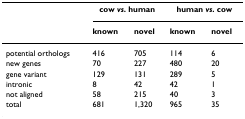
<table><thead><tr><td></td><td colspan="2"><b>cow <i>vs</i>. human</b></td><td colspan="2"><b>human <i>vs</i>. cow</b></td></tr><tr><td></td><td><b>known</b></td><td><b>novel</b></td><td><b>known</b></td><td><b>novel</b></td></tr></thead><tbody><tr><td>potential orthologs</td><td>416</td><td>705</td><td>114</td><td>6</td></tr><tr><td>new genes</td><td>70</td><td>227</td><td>480</td><td>20</td></tr><tr><td>gene variant</td><td>129</td><td>131</td><td>289</td><td>5</td></tr><tr><td>intronic</td><td>8</td><td>42</td><td>42</td><td>1</td></tr><tr><td>not aligned</td><td>58</td><td>215</td><td>40</td><td>3</td></tr><tr><td>total</td><td>681</td><td>1,320</td><td>965</td><td>35</td></tr></tbody></table>